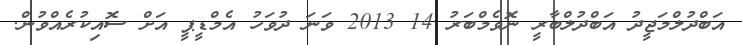
އަބްދުލްމަޖީދު އަބްދުލްބާރީ ނޮވެމްބަރު 14 2013 ވަނަ ދުވަހު އެމްޑީޕީ އަށް ސޮއިކުރެއްވުން.